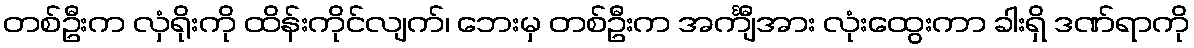
တစ်ဦးက လှံရိုးကို ထိန်းကိုင်လျက်၊ ဘေးမှ တစ်ဦးက အင်္ကျီအား လုံးထွေးကာ ခါးရှိ ဒဏ်ရာကို